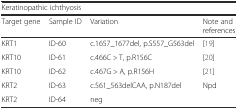
<table><thead><tr><td colspan="4"><b>Keratinopathic ichthyosis</b></td></tr><tr><td><b>Target gene</b></td><td><b>Sample ID</b></td><td><b>Variation</b></td><td><b>Note and references</b></td></tr></thead><tbody><tr><td>KRT1</td><td>ID-60</td><td>c.1657_1677del, p.S557_G563del</td><td>[19]</td></tr><tr><td>KRT10</td><td>ID-61</td><td>c.466C &gt; T, p.R156C</td><td>[20]</td></tr><tr><td>KRT10</td><td>ID-62</td><td>c.467G &gt; A, p.R156H</td><td>[21]</td></tr><tr><td>KRT2</td><td>ID-63</td><td>c.561_563delCAA, p.N187del</td><td>Npd</td></tr><tr><td>KRT2</td><td>ID-64</td><td>neg</td><td></td></tr></tbody></table>